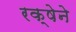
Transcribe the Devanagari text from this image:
रक्षेने